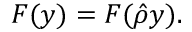
\begin{array} { r } { { F ( y ) = F ( \hat { \rho } y ) . } } \end{array}